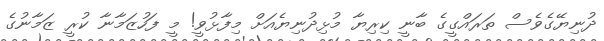
ދުނިޔޭގެވެސް ތަރައްގީގެ ބާނީ ކިރިޔާ މުޅިދުނިޔެއަށް މިފާޅުވީ! މީ ފަހުޒަމާނާ ކުރީ ޒަމާނުގެ